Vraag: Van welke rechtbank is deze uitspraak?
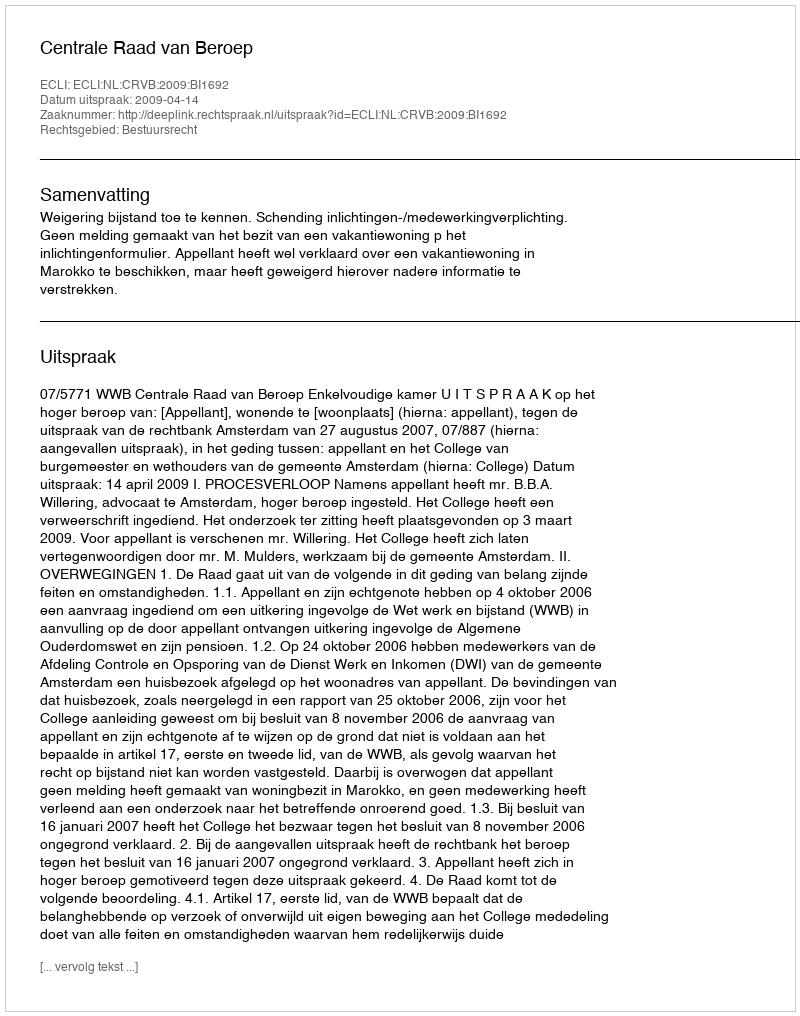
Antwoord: Centrale Raad van Beroep